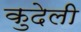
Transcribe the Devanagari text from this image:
कुदेली